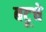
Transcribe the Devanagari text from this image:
बटूचे